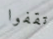
تقفوا